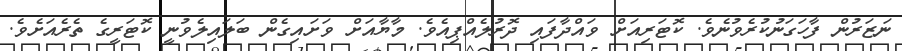
ނަޒަރުން ފާހަގަނުކުރެވުނެވެ. ކޮޓަރިއަށް ވައްދާފައި ދޮރުލެއްޕިއެވެ. މާޔާއަށް ވަށައިގެން ބަލައިލެވުނީ ކޮޓަރީގެ ތެރެއަށެވެ.